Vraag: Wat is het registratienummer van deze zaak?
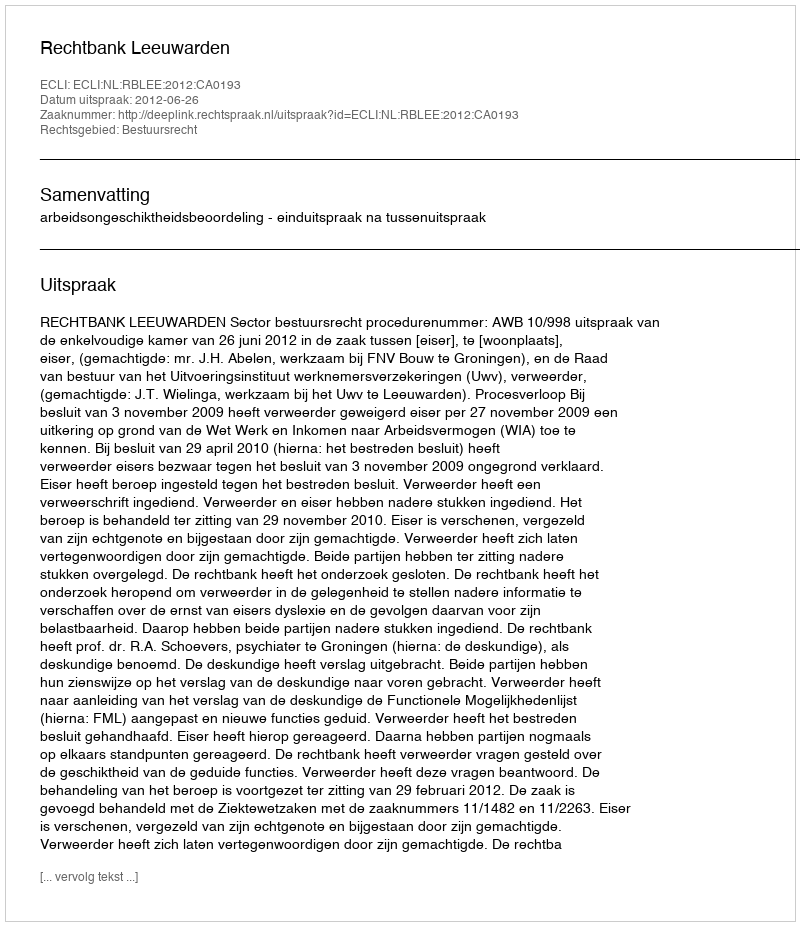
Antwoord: http://deeplink.rechtspraak.nl/uitspraak?id=ECLI:NL:RBLEE:2012:CA0193